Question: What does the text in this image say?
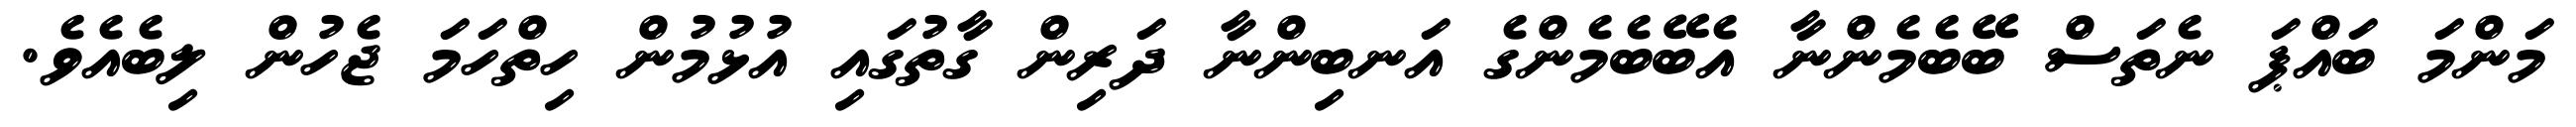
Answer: މަންމަ ބައްޕަ ނެތަސް ބޭބެމެންނާ އެބޭބެމެންގެ އަނބިންނާ ދަރިން ގާތުގައި އުޅުމުން ހިތްހަމަ ޖެހުން ލިބެއެވެ.